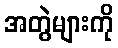
အတွဲများကို